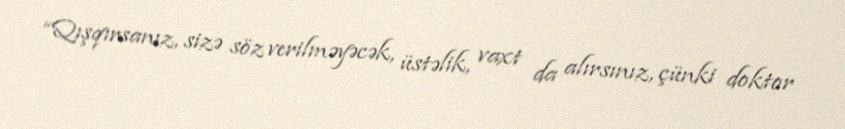
“Qışqırsanız, sizə söz verilməyəcək, üstəlik, vaxt da alırsınız, çünki doktor